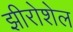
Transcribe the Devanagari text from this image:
झीरोशेल